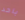
باحد